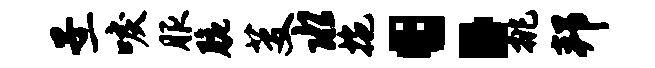
子一唳服脆芟水拖：挑邦